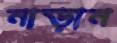
নাড়ান